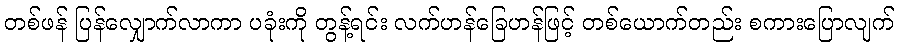
တစ်ဖန် ပြန်လျှောက်လာကာ ပခုံးကို တွန့်ရင်း လက်ဟန်ခြေဟန်ဖြင့် တစ်ယောက်တည်း စကားပြောလျက်